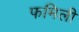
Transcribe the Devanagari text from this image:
फमिली